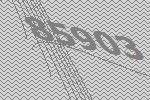
85903